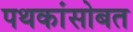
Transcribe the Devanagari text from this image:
पथकांसोबत